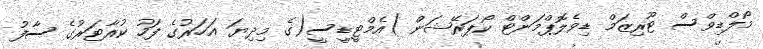
މޯލްޑިވްސް ޓޫރިޒަމް ޑިވެލޮޕްމަންޓް ކޯޕަރޭޝަން )އެމްޓީޑީސީ(ގެ މިދިޔަ އަހަރުގެ ފަހު ކުއާޓަރުގެ ސާފު